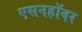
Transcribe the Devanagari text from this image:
एसनहॉवर